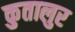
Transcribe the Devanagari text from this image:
कुतालुर